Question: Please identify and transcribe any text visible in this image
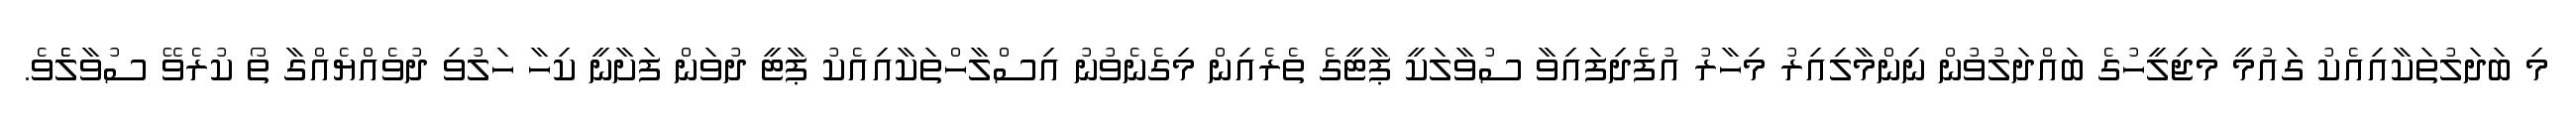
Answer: މި ބަދަލުތަކާއިއެކު ގައުމީ މަޖިލީހުގެ ބައްދަލުވުން ނިންމާލިއިރު މިހާރު އުފެދިފައިވާ ސުވާލަކީ ޕާޓީގެ ތެރެއިން މިގެނެވުނު އިސްލާހްތަކާއިއެކު ޕާޓީ ދުވަން ފަށާނީ ކިހާ ހަލުވި ދުވެއްޔެއްގާ ތޯ ކުރެވޭ ސުވާލެެވެ.